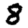
Digit: 8